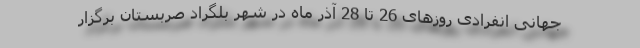
جهانی انفرادی روزهای 26 تا 28 آذر ماه در شهر بلگراد صربستان برگزار